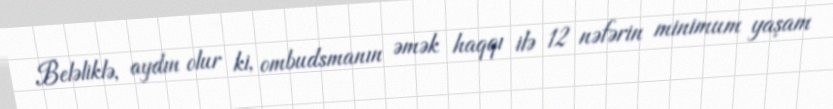
Beləliklə, aydın olur ki, ombudsmanın əmək haqqı ilə 12 nəfərin minimum yaşam